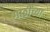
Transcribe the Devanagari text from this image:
गाठींच्या